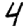
Digit: 4